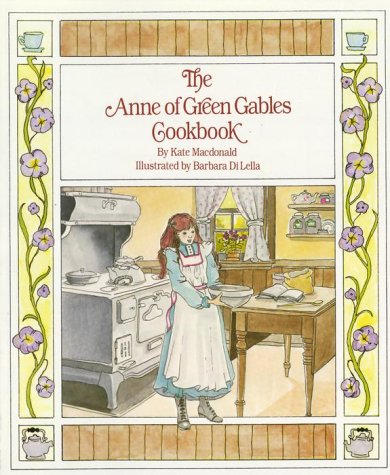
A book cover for The Anne of Green Gables Cookbook; Kate McDonald; Cookbooks, Food & Wine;